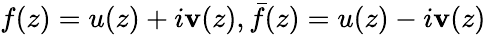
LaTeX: f(z)=u(z)+i\mathbf{v}(z),\bar{{f}}(z)=u(z)-i\mathbf{v}(z)